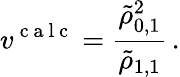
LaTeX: v^{\mathrm{~c~a~l~c~}}=\frac{\tilde{\rho}_{0,1}^{2}}{\tilde{\rho}_{1,1}}\, .